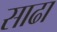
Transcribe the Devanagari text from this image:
साढा